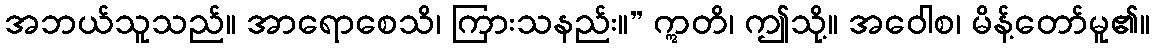
အဘယ်သူသည်။ အာရောစေသိ၊ ကြားသနည်း။” ဣတိ၊ ဤသို့။ အဝေါစ၊ မိန့်တော်မူ၏။